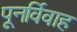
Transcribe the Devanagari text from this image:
पूनर्विवाह